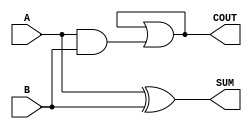
module Parameterized_Half_Adder #(parameter WIDTH = 1) (
    input  wire [WIDTH-1:0] A,    // First operand
    input  wire [WIDTH-1:0] B,    // Second operand
    output wire [WIDTH-1:0] SUM,   // Sum output
    output wire COUT               // Carry out
);

    // Generate SUM and COUT outputs
    genvar i;
    generate
        for (i = 0; i < WIDTH; i = i + 1) begin : half_adder
            assign SUM[i] = A[i] ^ B[i];             // Bitwise XOR for sum
            assign COUT = COUT | (A[i] & B[i]);      // Bitwise AND for carry
        end
    endgenerate

endmodule